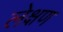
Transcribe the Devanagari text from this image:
लेक्षण